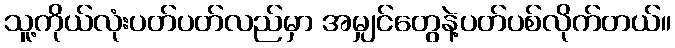
သူ့ကိုယ်လုံးပတ်ပတ်လည်မှာ အမျှင်တွေနဲ့ပတ်ပစ်လိုက်တယ်။